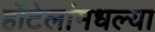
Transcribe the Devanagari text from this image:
हॉटेलांमधल्या